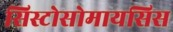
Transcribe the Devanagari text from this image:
सिस्टोसोमायसिस